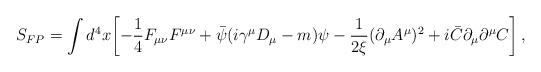
LaTeX: \begin{align*}S_{FP}=\int d^4 x\biggl[-{1\over 4}F_{\mu\nu}F^{\mu\nu}+{\bar\psi}(i\gamma^\mu D_\mu -m)\psi-{1\over 2\xi}(\partial_\mu A^\mu)^2+i{\bar C}\partial_\mu\partial^\mu C\biggr] \,,\end{align*}